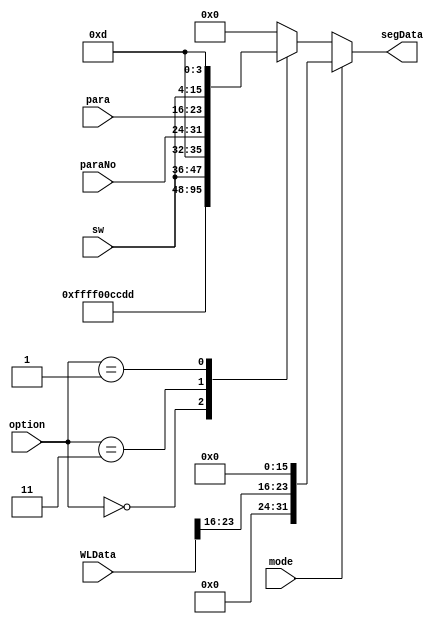
//=================================================================================//
//		File Name: Ctrl_SegDisplay
//		Version	: V0.1
//		Date Create: 7/Dec/2012
//================================================================================//
module SegDisplay(
				option,
				sw,
				paraNo,
				para,
				mode,
				WLData,
				
				segData
);
input wire [1:0] option;
input wire [11:0] sw;
input wire [7:0] paraNo;
input wire [7:0] para;

input wire mode;
input wire[31:0] WLData;

output reg [31:0] segData;
always@(*)
if(!mode)begin
	case(option)
		2'b00:segData=32'h00ff_ff00;
		2'b11:segData={16'hccdd,sw,4'hd};
		2'b01:segData={paraNo,para,sw,4'hd};
		default:segData=32'h0000_0000;
	endcase
end else begin
	segData = {8'h00,WLData[23:16],16'h0000};
end
endmodule